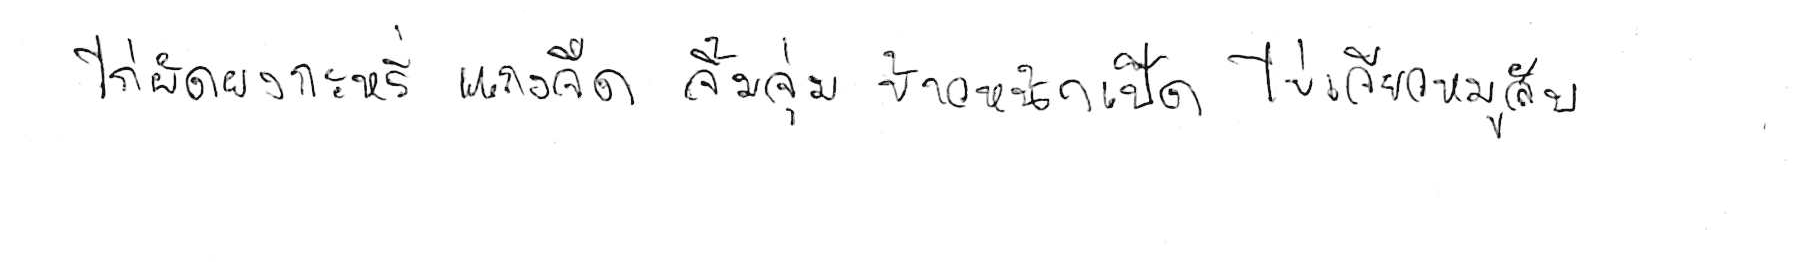
ไก่ผัดผงกะหรี่ แกงจืด จิ้มจุ่ม ข้าวหน้าเป็ด ไข่เจียวหมูสับ